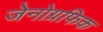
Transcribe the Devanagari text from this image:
जेनोग्रफिक